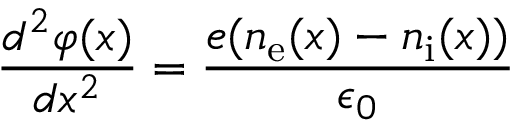
{ \frac { d ^ { 2 } \varphi ( x ) } { d x ^ { 2 } } } = { \frac { e ( n _ { \mathrm { e } } ( x ) - n _ { \mathrm { i } } ( x ) ) } { \epsilon _ { 0 } } }